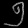
Digit: ၅